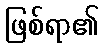
ဖြစ်ရာ၏